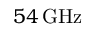
5 4 \, \mathrm { G H z }